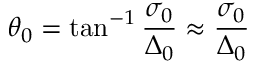
\theta _ { 0 } = \tan ^ { - 1 } \frac { \sigma _ { 0 } } { \Delta _ { 0 } } \approx \frac { \sigma _ { 0 } } { \Delta _ { 0 } }